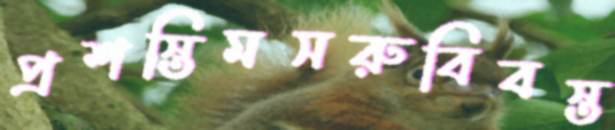
প্রশস্তিমসরুবিবস্ত